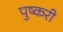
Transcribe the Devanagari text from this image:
पुष्करी